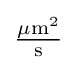
\textstyle {\tfrac {\mathrm {\mu m} ^{2}}{\mathrm {s} }}